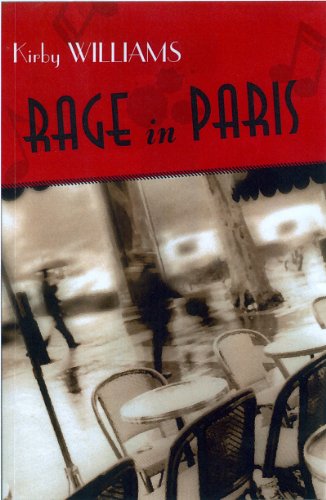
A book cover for Rage In Paris: A Novel; Kirby Williams; Literature & Fiction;